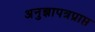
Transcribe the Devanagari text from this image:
अनुज्ञापत्रप्राप्त